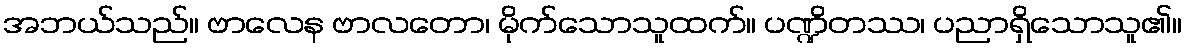
အဘယ်သည်။ ဗာလေန ဗာလတော၊ မိုက်သောသူထက်။ ပဏ္ဍိတဿ၊ ပညာရှိသောသူ၏။